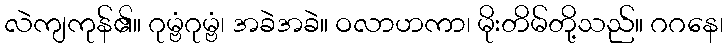
လဲကျကုန်၏။ ဂုမ္ဗံဂုမ္ဗံ၊ အခဲအခဲ။ ဝလာဟကာ၊ မိုးတိမ်တို့သည်။ ဂဂနေ၊